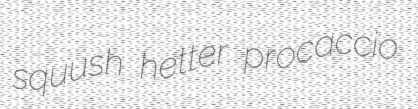
squush hetter procaccio